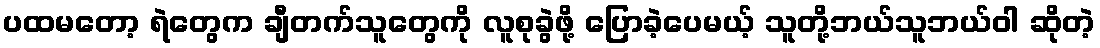
ပထမတော့ ရဲတွေက ချီတက်သူတွေကို လူစုခွဲဖို့ ပြောခဲ့ပေမယ့် သူတို့ဘယ်သူဘယ်ဝါ ဆိုတဲ့